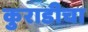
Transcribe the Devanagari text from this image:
कुराडीचा